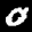
Label: 0